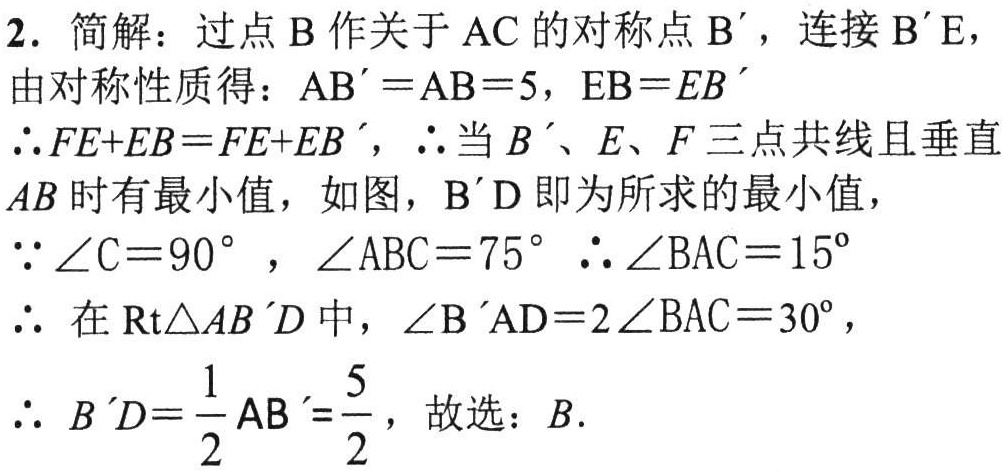
2. 简解：过点\(B\)作关于\(AC\)的对称点\(B'\)，连接\(B'E\)，
由对称性质得：\(AB' = AB = 5\)，\(EB = EB'\)
\(\therefore FE + EB=FE + EB'\)，\(\therefore\)当\(B'\)、\(E\)、\(F\)三点共线且垂直
\(AB\)时有最小值，如图，\(B'D\)即为所求的最小值，
\(\because\angle C = 90^{\circ}\)，\(\angle ABC = 75^{\circ}\)\(\therefore\angle BAC = 15^{\circ}\)
\(\therefore\) 在\(\text{Rt}\triangle AB'D\)中，\(\angle B'AD = 2\angle BAC = 30^{\circ}\)，
\(\therefore\) \(B'D=\dfrac{1}{2}AB'=\dfrac{5}{2}\)，故选：\(B\).